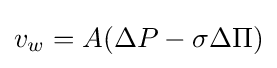
v_{w}=A(\Delta P-\sigma \Delta \Pi )